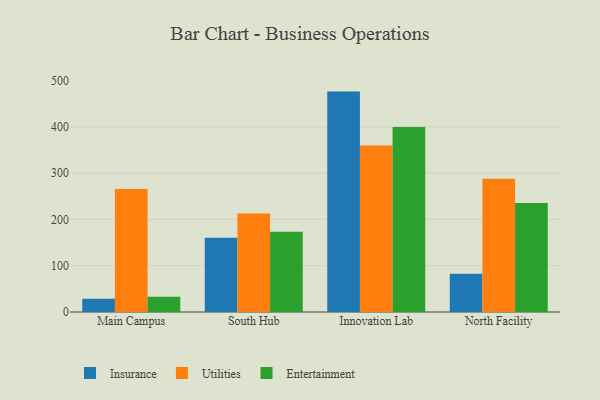
{"axis": {"x": "Campus", "y": "Energy Usage (MWh)"}, "legend": ["Entertainment", "Insurance", "Utilities"], "data": [{"x": "Main Campus", "y": 28.5, "type": "Insurance"}, {"x": "Main Campus", "y": 265.5, "type": "Utilities"}, {"x": "Main Campus", "y": 32.8, "type": "Entertainment"}, {"x": "South Hub", "y": 160.2, "type": "Insurance"}, {"x": "South Hub", "y": 212.5, "type": "Utilities"}, {"x": "South Hub", "y": 173.3, "type": "Entertainment"}, {"x": "Innovation Lab", "y": 475.8, "type": "Insurance"}, {"x": "Innovation Lab", "y": 359.2, "type": "Utilities"}, {"x": "Innovation Lab", "y": 399.6, "type": "Entertainment"}, {"x": "North Facility", "y": 82.6, "type": "Insurance"}, {"x": "North Facility", "y": 287.8, "type": "Utilities"}, {"x": "North Facility", "y": 235.1, "type": "Entertainment"}]}